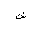
Letter: _shin